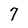
Character: 7